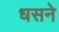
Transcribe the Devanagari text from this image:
धसने